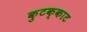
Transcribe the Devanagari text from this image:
कुटक्काट